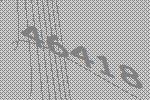
46418